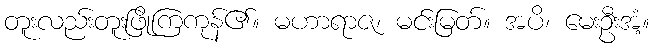
တူးလည်းတူးဖြိုကြကုန်၏။ မဟာရာဇ၊ မင်းမြတ်။ အပိ၊ မေးဦးအံ့။